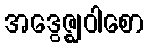
အဒွေဇ္ဈဝါစော